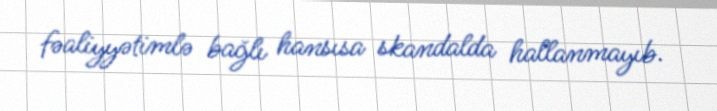
fəaliyyətimlə bağlı hansısa skandalda hallanmayıb.